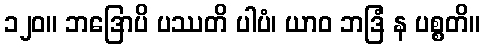
၁၂၀။ ဘဒြောပိ ပဿတိ ပါပံ၊ ယာဝ ဘဒြံ န ပစ္စတိ။